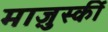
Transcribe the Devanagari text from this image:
माज़ुर्स्की